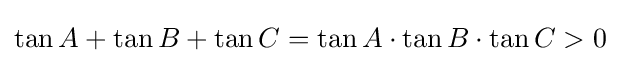
\tan A+\tan B+\tan C=\tan A\cdot \tan B\cdot \tan C>0